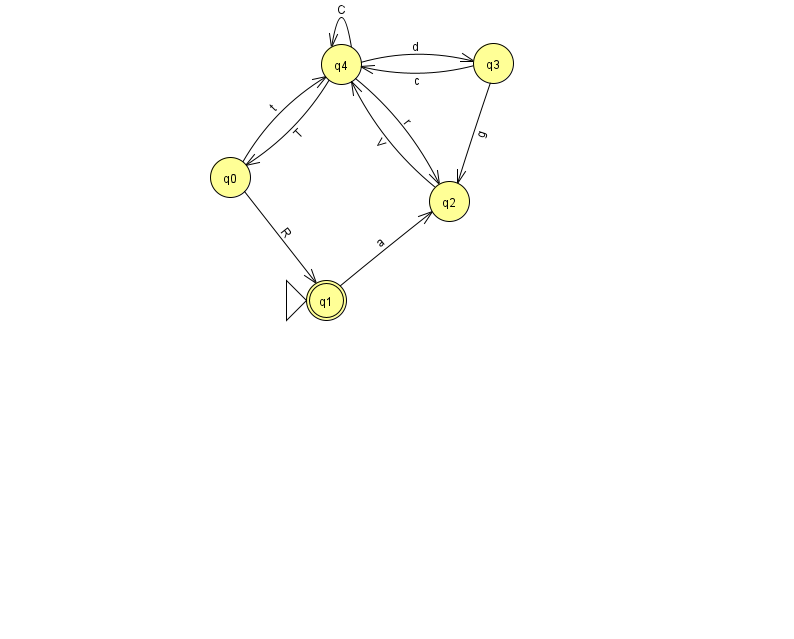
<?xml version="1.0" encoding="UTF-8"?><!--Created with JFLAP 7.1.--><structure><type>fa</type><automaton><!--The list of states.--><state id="0" name="q0"><x>230.0</x><y>164.0</y></state><state id="1" name="q1"><x>326.0</x><y>287.0</y><initial/><final/></state><state id="2" name="q2"><x>449.0</x><y>188.0</y></state><state id="3" name="q3"><x>493.0</x><y>50.0</y></state><state id="4" name="q4"><x>341.0</x><y>51.0</y></state><!--The list of transitions.--><transition><from>4</from><to>4</to><read>C</read></transition><transition><from>0</from><to>4</to><read>t</read></transition><transition><from>3</from><to>2</to><read>g</read></transition><transition><from>4</from><to>0</to><read>T</read></transition><transition><from>1</from><to>2</to><read>a</read></transition><transition><from>3</from><to>4</to><read>c</read></transition><transition><from>4</from><to>2</to><read>r</read></transition><transition><from>4</from><to>3</to><read>d</read></transition><transition><from>0</from><to>1</to><read>R</read></transition><transition><from>2</from><to>4</to><read>V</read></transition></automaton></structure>